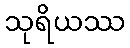
သုရိယဿ